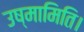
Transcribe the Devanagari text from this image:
उष्मामिति।